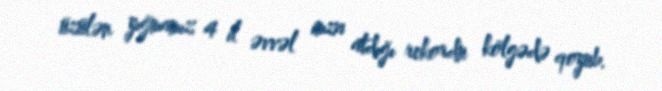
üzülən yığmamız 4 il əvvəl imza atdığı rekordu kölgədə qoyub.